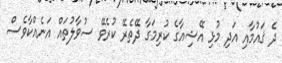
ދެ ޤައުމާއި އަދި މުޅި އޭޝިއާގެ ކުރިމަގާ ދޭތެރޭ ކުރެވޭ ސުވާލުތައް އަނެއްކާވެސް